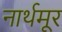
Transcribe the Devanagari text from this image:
नार्थमूर